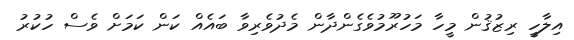
އިލާހީ ރިޒުޤުން މީހާ މަހުރޫމުވެގެންދާން މެދުވެރިވާ ބައެއް ކަން ކަމަށް ވެސް ހުކުރު